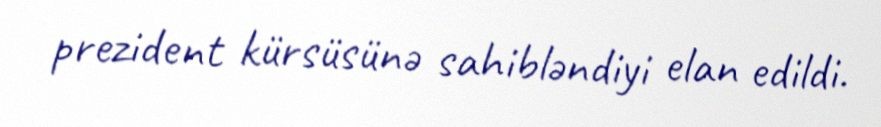
prezident kürsüsünə sahibləndiyi elan edildi.